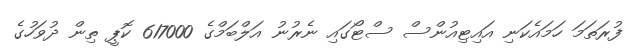
ފުރަތަމަ ހަމައެކަނި އައިޓިއުންސް ސްޓޯގައި ނެރުނު އަލްބަމްގެ 617000 ކޮޕީ ތިން ދުވަހުގެ